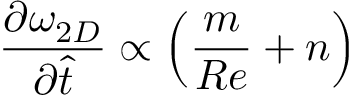
\frac { \partial \omega _ { 2 D } } { \partial \hat { t } } \propto \left( \frac { m } { R e } + n \right)